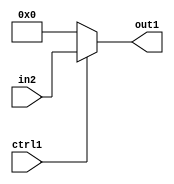
`timescale 1ps / 1ps
/*****************************************************************************
    Verilog RTL Description
    
    
    Created by: Stratus DpOpt 2019.1.01 
*******************************************************************************/

module mac_N_Mux_18_2_1_4_5 (
	in2,
	ctrl1,
	out1
	); /* architecture "behavioural" */ 
input [17:0] in2;
input  ctrl1;
output [17:0] out1;
wire [17:0] asc001;

reg [17:0] asc001_tmp_0;
assign asc001 = asc001_tmp_0;
always @ (ctrl1 or in2) begin
	case (ctrl1)
		1'B1 : asc001_tmp_0 = in2 ;
		default : asc001_tmp_0 = 18'B000000000000000000 ;
	endcase
end

assign out1 = asc001;
endmodule

/* CADENCE  uLX5Qws= : u9/ySgnWtBlWxVPRXgAZ4Og= ** DO NOT EDIT THIS LINE ******/